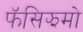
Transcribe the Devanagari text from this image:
फॅसिझमो